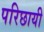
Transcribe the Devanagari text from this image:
परिछायी